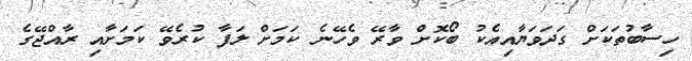
ހިސާބުތަކަށް ގަދަވަޔާއިއެކު ބޯކޮށް ވާރޭ ވެހޭނެ ކަމަށް ލަފާ ކުރެވޭ ކަމަށާއި ރާއްޖޭގެ